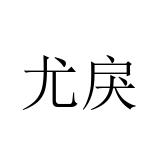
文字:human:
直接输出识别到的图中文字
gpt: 尤戾